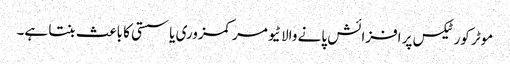
موٹر کورٹیکس پر افزائش پانے والا ٹیومر کمزوری یا سستی کا باعث بنتا ہے۔